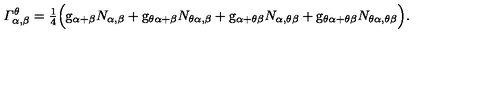
{ \mit { \Gamma } } _ { \alpha , \beta } ^ { \theta } = { \textstyle { \frac { 1 } { 4 } } } \Bigl ( \mathrm { \sl g } _ { \alpha + \beta } N _ { \alpha , \beta } + \mathrm { \sl g } _ { \theta \alpha + \beta } N _ { \theta \alpha , \beta } + \mathrm { \sl g } _ { \alpha + \theta \beta } N _ { \alpha , \theta \beta } + \mathrm { \sl g } _ { \theta \alpha + \theta \beta } N _ { \theta \alpha , \theta \beta } \Bigr ) .